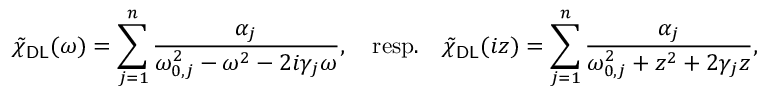
\tilde { \chi } _ { \mathsf { D L } } ( \omega ) = \sum _ { j = 1 } ^ { n } \frac { \alpha _ { j } } { \omega _ { 0 , j } ^ { 2 } - \omega ^ { 2 } - 2 i \gamma _ { j } \omega } , \quad \mathrm { r e s p . } \quad \tilde { \chi } _ { \mathsf { D L } } ( i z ) = \sum _ { j = 1 } ^ { n } \frac { \alpha _ { j } } { \omega _ { 0 , j } ^ { 2 } + z ^ { 2 } + 2 \gamma _ { j } z } ,